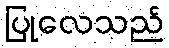
ပြုလေသည်